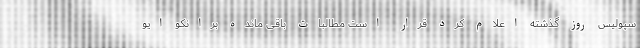
سپولیس روز گذشته اعلام کرد قرار است مطالبات باقی مانده برانکو ایو